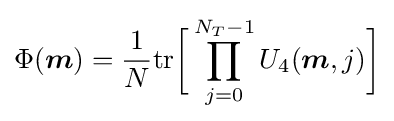
\Phi ({\boldsymbol {m}})={\frac {1}{N}}{\text{tr}}{\bigg [}\prod _{j=0}^{N_{T}-1}U_{4}({\boldsymbol {m}},j){\bigg ]}